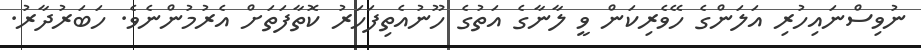
ނުވިސްނައިހުރި އަލަންގެ ހޭވެރިކަން ވީ ލާނާގެ އަތުގެ ހޫނުއެތިފަހަރު ކޮތާފަތަށް އެރުމުންނެވެ. ހަބަރުދާރު.